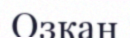
Озкан